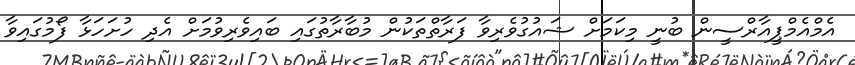
އެމްއެމްޕީއާރްސީން ބުނީ މިކަމަށް ޝައުގުވެރިވާ ފަރާތްތަކުން މުބާރާތުގައި ބައިވެރިވުމަށް އެދި ހުށަހަޅާ ފޯމުގައިވާ